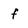
Character: f